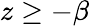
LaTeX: z\ge-\beta